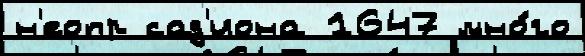
н'еопр сад'иона 1647 мно́го